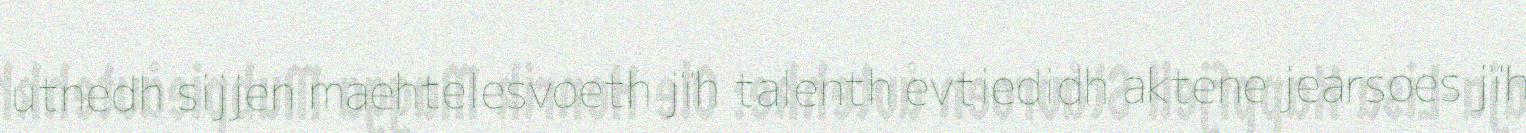
utnedh sijjen maehtelesvoeth jïh talenth evtiedidh aktene jearsoes jïh